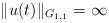
LaTeX: \begin{align*}\| u(t) \|_{G_{1,1}} = \infty \end{align*}